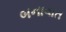
બનાવાત